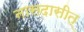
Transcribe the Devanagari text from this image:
नासदासीत्